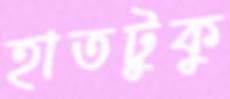
হাতটুকু